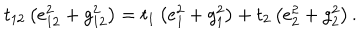
t _ { 1 2 } \left( e _ { 1 2 } ^ { 2 } + g _ { 1 2 } ^ { 2 } \right) = t _ { 1 } \left( e _ { 1 } ^ { 2 } + g _ { 1 } ^ { 2 } \right) + t _ { 2 } \left( e _ { 2 } ^ { 2 } + g _ { 2 } ^ { 2 } \right) .